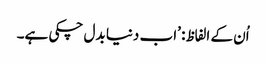
اُن کے الفاظ: ’اب دنیا بدل چکی ہے۔